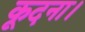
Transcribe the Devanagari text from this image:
कूदना।